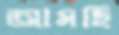
আমছি